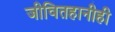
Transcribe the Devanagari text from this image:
जीवितहानीही